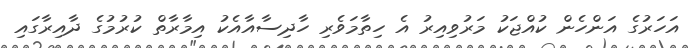
އަހަރުގެ އަންހެން ކުއްޖަކު މަރުވިއިރު އެ ހިތާމަވެރި ހާދިސާއާއެކު އިމާރާތް ކުރުމުގެ ދާއިރާގައި